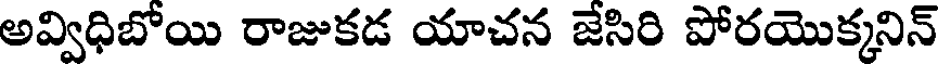
అవ్విధిబోయి రాజుకడ యాచన జేసిరి పోరయొక్కనిన్